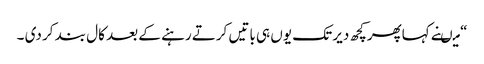
“ میںنے کہاپھرکچھ دیر تک یوں ہی باتیں کرتے رہنے کے بعد کال بند کر دی ۔